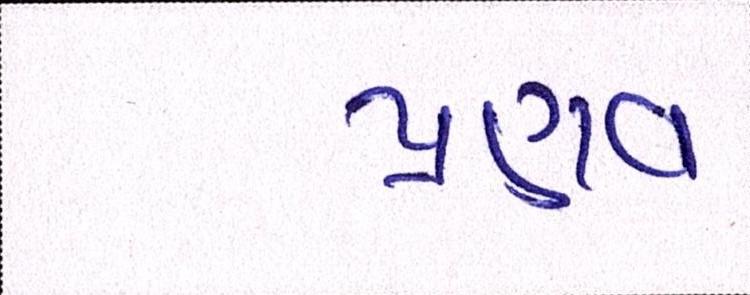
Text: પ્રણવ